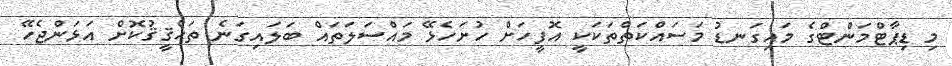
މި ޑިޕާޓްމަންޓްގެ މައިގަނޑު މަސައްކަތްތަކަކީ އޮފީހަށް ހުށަހެޅޭ މައްސަލަތައް ބަލައިގަނެ ތަޙްޤީޤުކޮށް އަޅަންޖެހޭ